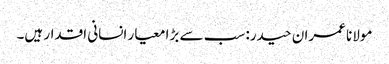
مولانا عمران حیدر: سب سے بڑا معیار انسانی اقدار ہیں۔